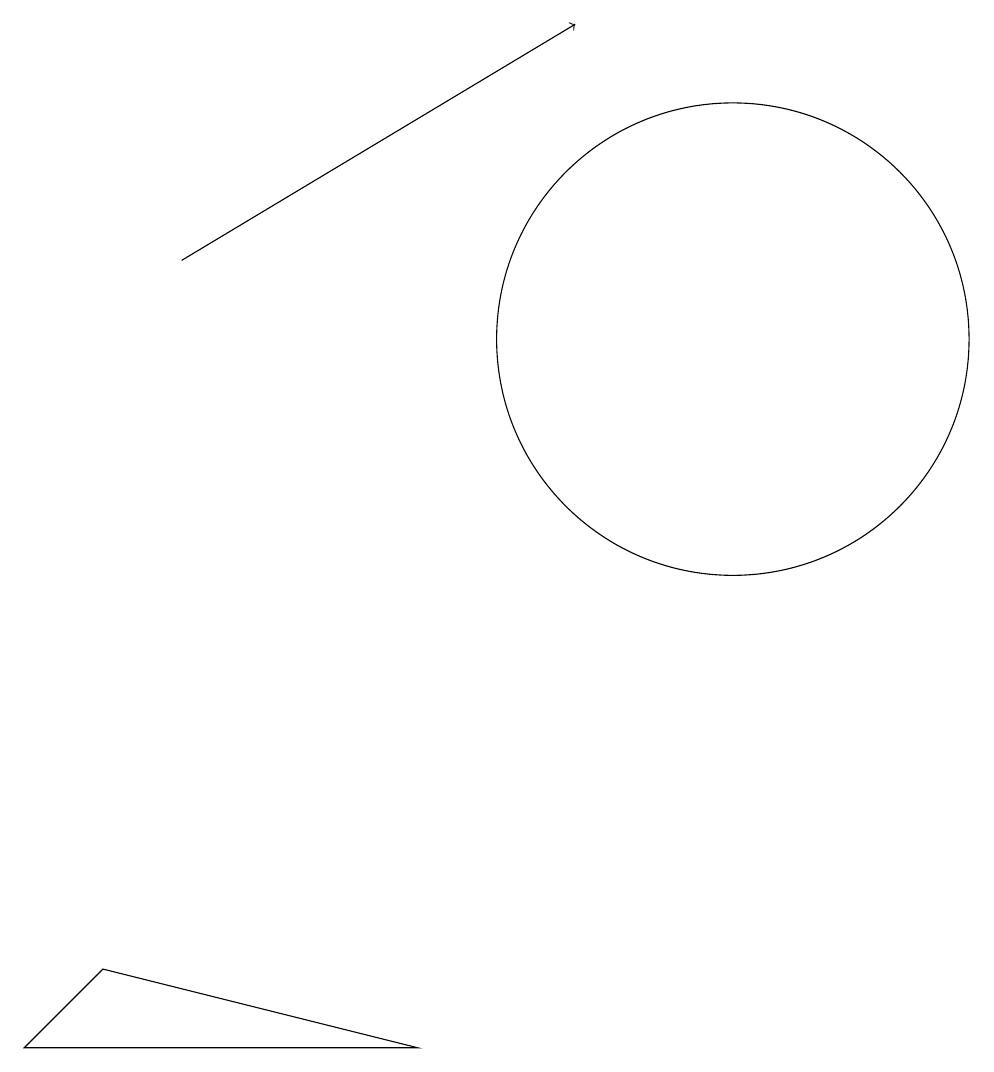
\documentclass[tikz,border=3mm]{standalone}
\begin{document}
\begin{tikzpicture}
\draw (7,2) -- (2,2) -- (3,3) -- cycle;
\draw[->] (4,12) -- (9,15);
\draw (11,11) circle (3);
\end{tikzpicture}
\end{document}